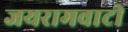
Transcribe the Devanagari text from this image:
जयरामवाटी